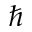
\hbar